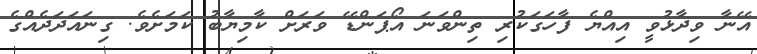
އޭނާ ވިދާޅުވީ އިއްޔެ ފާހަގަކުރި ތިންވަނަ އޯޕަންޑޭ ވަރަށް ކާމިޔާބު ކަމަށެވެ. ގިނައަދަދެއްގެ